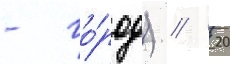
- го́род) // 20